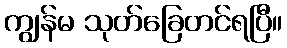
ကျွန်မ သုတ်ခြေတင်ရပြီ။